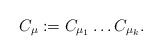
LaTeX: \begin{align*}C_{\mu}:=C_{\mu_1}\dots C_{\mu_k}.\end{align*}